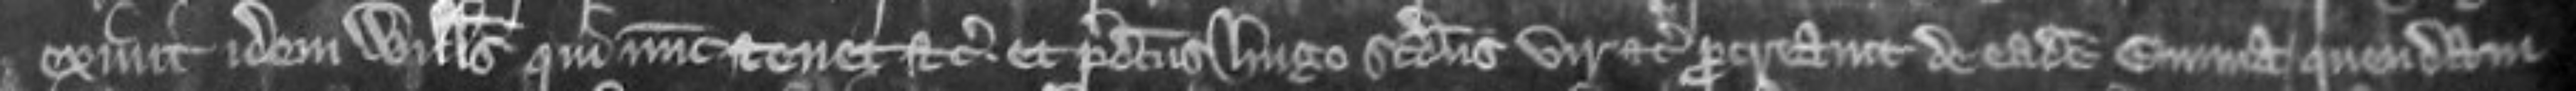
exivit idem Willelmus qui nunc tenet etc et predictus Hugo secundus vir etc procreavit de eadem Emma quendam